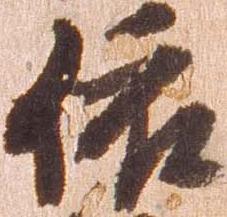
依